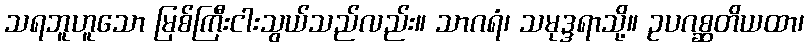
သရဘူဟူသော မြစ်ကြီးငါးသွယ်သည်လည်း။ သာဂရံ၊ သမုဒ္ဒရာသို့။ ဥပဂစ္ဆတိယထာ၊